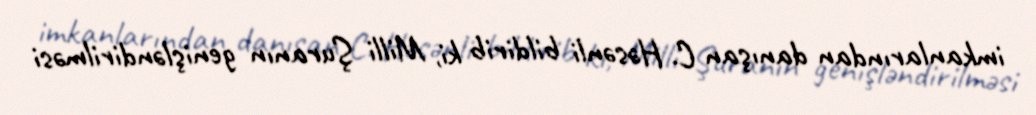
imkanlarından danışan C. Həsənli bildirib ki, Milli Şuranın genişləndirilməsi